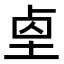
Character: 𡌓